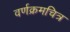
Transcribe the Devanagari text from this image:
वर्णक्रमचित्र